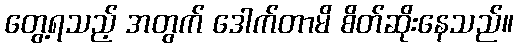
တွေ့ရသည့် အတွက် ဒေါက်တာမိ စိတ်ဆိုးနေသည်။